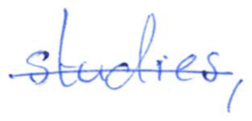
Text: studies,
Cross-out: single-line
Writing tool: ballpoint